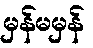
မှန်မမှန်